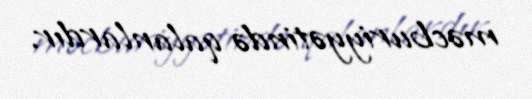
məcburiyyətində qalanlardır.